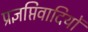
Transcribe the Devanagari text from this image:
प्रज्ञप्तिवादियों